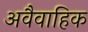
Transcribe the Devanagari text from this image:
अवैवाहिक